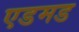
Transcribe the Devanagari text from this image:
एडमड